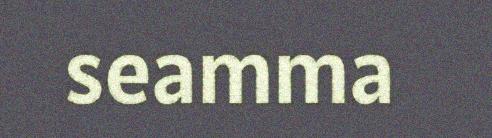
seamma